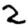
Digit: 2